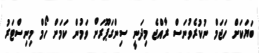
ބަޔަކަށް ހަޖަމް ނުކުރެވުނަސް ރާއްޖެ މިދަނީ ސިންގަޕޫރަށް ވަމުން ކަމަށް ހޯމް މިނިސްޓަރު